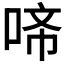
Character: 𭈇